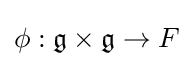
\phi :{\mathfrak {g}}\times {\mathfrak {g}}\rightarrow F